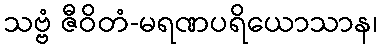
သဗ္ဗံ ဇီဝိတံ-မရဏပရိယောသာန၊